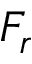
F _ { r }